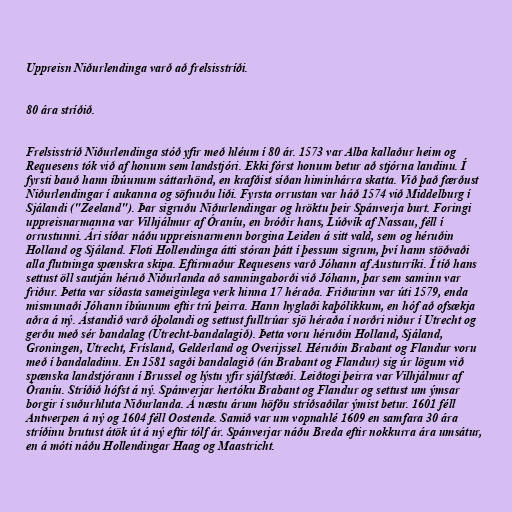
Uppreisn Niðurlendinga varð að frelsisstríði.

80 ára stríðið.

Frelsisstríð Niðurlendinga stóð yfir með hléum í 80 ár. 1573 var Alba kallaður heim og
Requesens tók við af honum sem landstjóri. Ekki fórst honum betur að stjórna landinu. Í
fyrsti bauð hann íbúunum sáttarhönd, en krafðist síðan himinhárra skatta. Við það færðust
Niðurlendingar í aukanna og söfnuðu liði. Fyrsta orrustan var háð 1574 við Middelburg í
Sjálandi ("Zeeland"). Þar sigruðu Niðurlendingar og hröktu þeir Spánverja burt. Foringi
uppreisnarmanna var Vilhjálmur af Óraníu, en bróðir hans, Lúðvík af Nassau, féll í
orrustunni. Ári síðar náðu uppreisnarmenn borgina Leiden á sitt vald, sem og héruðin
Holland og Sjáland. Floti Hollendinga átti stóran þátt í þessum sigrum, því hann stöðvaði
alla flutninga spænskra skipa. Eftirmaður Requesens varð Jóhann af Austurríki. Í tíð hans
settust öll sautján héruð Niðurlanda að samningaborði við Jóhann, þar sem saminn var
friður. Þetta var síðasta sameiginlega verk hinna 17 héraða. Friðurinn var úti 1579, enda
mismunaði Jóhann íbúunum eftir trú þeirra. Hann hyglaði kaþólikkum, en hóf að ofsækja
aðra á ný. Ástandið varð óþolandi og settust fulltrúar sjö héraða í norðri niður í Utrecht og
gerðu með sér bandalag (Utrecht-bandalagið). Þetta voru héruðin Holland, Sjáland,
Groningen, Utrecht, Frísland, Gelderland og Overijssel. Héruðin Brabant og Flandur voru
með í bandaladinu. En 1581 sagði bandalagið (án Brabant og Flandur) sig úr lögum við
spænska landstjórann í Brussel og lýstu yfir sjálfstæði. Leiðtogi þeirra var Vilhjálmur af
Óraníu. Stríðið hófst á ný. Spánverjar hertóku Brabant og Flandur og settust um ýmsar
borgir í suðurhluta Niðurlanda. Á næstu árum höfðu stríðsaðilar ýmist betur. 1601 féll
Antwerpen á ný og 1604 féll Oostende. Samið var um vopnahlé 1609 en samfara 30 ára
stríðinu brutust átök út á ný eftir tólf ár. Spánverjar náðu Breda eftir nokkurra ára umsátur,
en á móti náðu Hollendingar Haag og Maastricht.